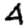
Digit: 4